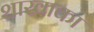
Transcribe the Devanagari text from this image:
शाखाका